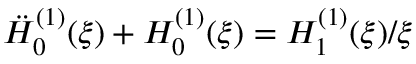
\ddot { H } _ { 0 } ^ { ( 1 ) } ( \xi ) + H _ { 0 } ^ { ( 1 ) } ( \xi ) = H _ { 1 } ^ { ( 1 ) } ( \xi ) / \xi